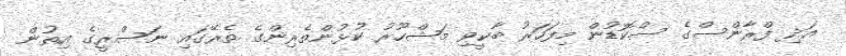
އަދި ފްރާންސްގެ ސްކޮޑުން މިފަހަރު ބާކީވި މަޝްހޫރު ކުޅުންތެރިންގެ ތެރޭގައި ނަސްރީގެ އިތުން